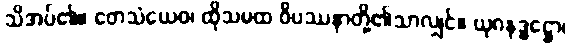
သိအပ်၏။ တေသံယေဝ၊ ထိုသမထ ဝိပဿနာတို့၏သာလျှင်။ ယုဂနဒ္ဓဋ္ဌော၊